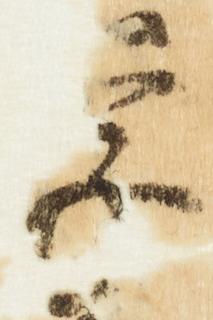
学